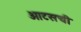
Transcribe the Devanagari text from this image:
ओटसची